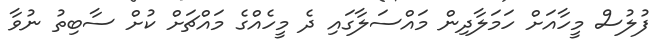
ފުލުސް މީހާއަށް ހަމަލާދިން މައްސަލާގައި ދެ މީހެއްގެ މައްޗަށް ކުށް ސާބިތު ނުވާ